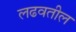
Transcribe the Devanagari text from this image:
लढवतील